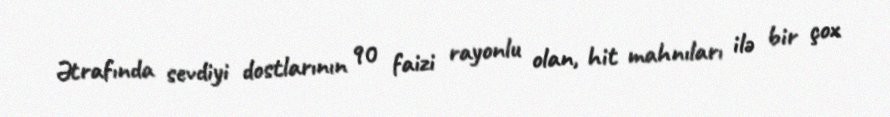
Ətrafında sevdiyi dostlarının 90 faizi rayonlu olan, hit mahnıları ilə bir çox